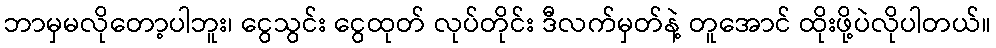
ဘာမှမလိုတော့ပါဘူး၊ ငွေသွင်း ငွေထုတ် လုပ်တိုင်း ဒီလက်မှတ်နဲ့ တူအောင် ထိုးဖို့ပဲလိုပါတယ်။